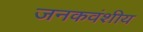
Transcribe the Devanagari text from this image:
जनकवंशीय